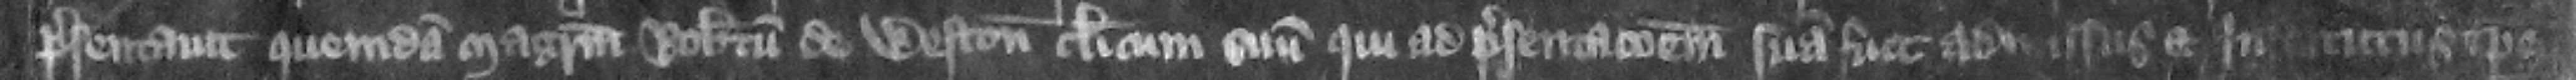
presentauit quemdam Magistrum Robertum de Weston clericum suum qui ad presentacionem suam fuit admissus et institutus tempore